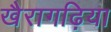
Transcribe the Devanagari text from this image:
खैरागढ़िया